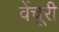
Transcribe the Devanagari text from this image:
वेंचूरी